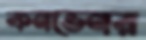
কনভেনর